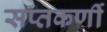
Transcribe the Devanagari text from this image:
सप्तकर्णी